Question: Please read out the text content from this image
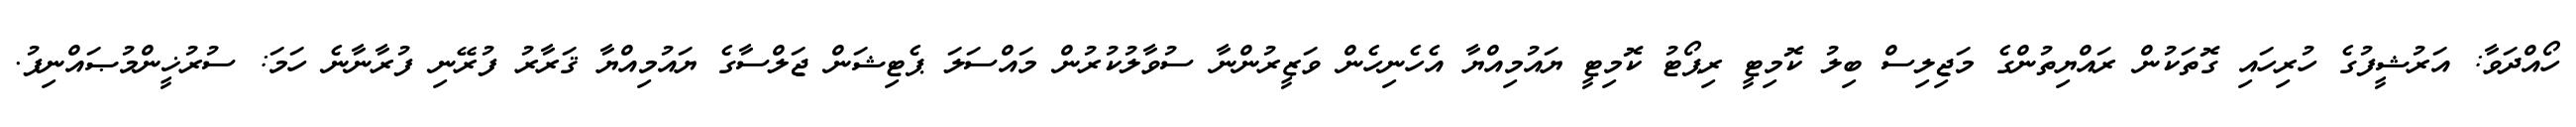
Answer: ހޯއްދަވާ: އަރުޝީފުގެ ހުރިހައި ގޮތަކުން ރައްޔިތުންގެ މަޖިލިސް ބިލު ކޮމިޓީ ރިޕޯޓު ކޮމިޓީ ޔައުމިއްޔާ އެހެނިހެން ވަޒީރުންނާ ސުވާލުކުރުން މައްސަލަ ޕެޓިޝަން ޖަލްސާގެ ޔައުމިއްޔާ ޤަރާރު ފުރޭނި ފުރާނާނެ ހަމަ: ސުރުޚީންމުޞައްނިފު.